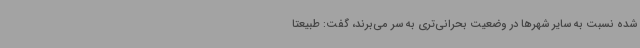
شده نسبت به سایر شهرها در وضعیت بحرانی‌تری به سر می‌برند، گفت: طبیعتا